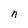
Character: n